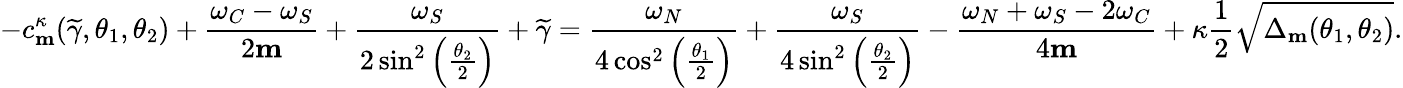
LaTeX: -c_{\mathbf{m}}^{\kappa}(\widetilde{\gamma},\theta_{1},\theta_{2})+\frac{\omega_{C}-\omega_{S}}{2\mathbf{m}}+\frac{\omega_{S}}{2\sin^{2}\left(\frac{\theta_{2}}{2}\right)}+\widetilde{\gamma}=\frac{\omega_{N}}{4\cos^{2}\left(\frac{\theta_{1}}{2}\right)}+\frac{\omega_{S}}{4\sin^{2}\left(\frac{\theta_{2}}{2}\right)}-\frac{\omega_{N}+\omega_{S}-2\omega_{C}}{4\mathbf{m}}+\kappa\frac{1}{2}\sqrt{\Delta_{\mathbf{m}}(\theta_{1},\theta_{2})}.